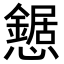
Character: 𢤹